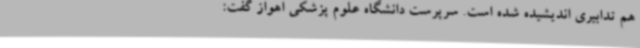
هم تدابیری اندیشیده شده است. سرپرست دانشگاه علوم پزشکی اهواز گفت: